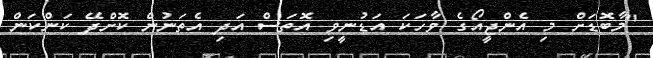
"މާބޮޑަށް މި އެންޖީއޯގެ ވާހަކަ އަޑުނީވި އޮތަސް އަދި އެތަނުން ކޮށްދޭ ކަންކަން